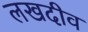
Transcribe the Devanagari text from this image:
लखदीव